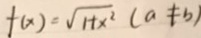
f ( x ) = \sqrt { 1 + x ^ { 2 } } ( a \neq b )